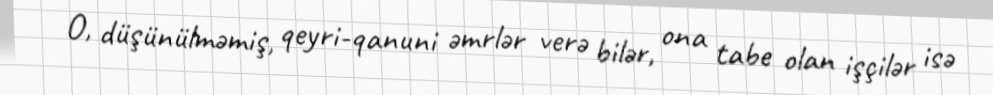
O, düşünülməmiş, qeyri-qanuni əmrlər verə bilər, ona tabe olan işçilər isə